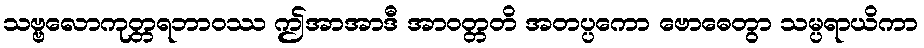
သဗ္ဗလောကုတ္တရဘာဝဿ ဤအာအာဒီ အာဝတ္တတိ အတပ္ပကော ဗောဓေတွာ သမ္ပရာယိကာ